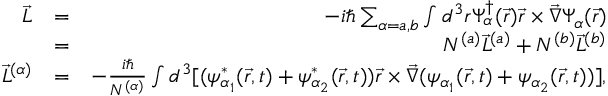
\begin{array} { r l r } { \vec { L } } & { = } & { - i \hbar \sum _ { \alpha = a , b } \int d ^ { 3 } r \Psi _ { \alpha } ^ { \dagger } ( \vec { r } ) \vec { r } \times \vec { \nabla } \Psi _ { \alpha } ( \vec { r } ) } \\ & { = } & { N ^ { ( a ) } \vec { L } ^ { ( a ) } + N ^ { ( b ) } \vec { L } ^ { ( b ) } } \\ { \vec { L } ^ { ( \alpha ) } } & { = } & { - \frac { i \hbar } { N ^ { ( \alpha ) } } \int d ^ { 3 } [ ( \psi _ { \alpha _ { 1 } } ^ { * } ( \vec { r } , t ) + \psi _ { \alpha _ { 2 } } ^ { * } ( \vec { r } , t ) ) \vec { r } \times \vec { \nabla } ( \psi _ { \alpha _ { 1 } } ( \vec { r } , t ) + \psi _ { \alpha _ { 2 } } ( \vec { r } , t ) ) ] , } \end{array}